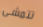
تتمشى